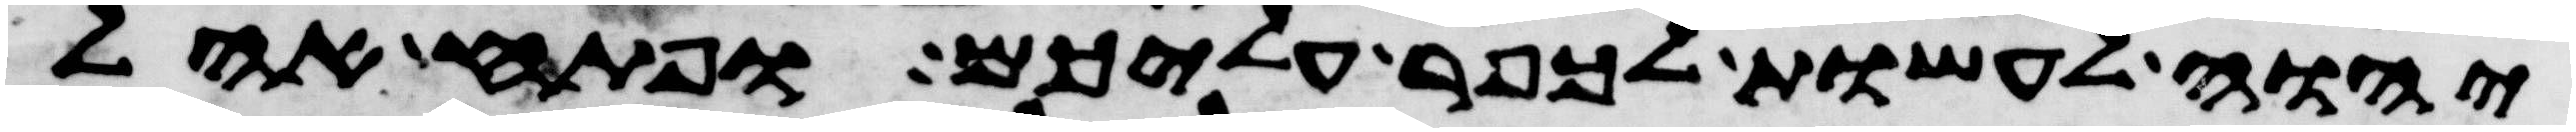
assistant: יהוה לעשות לכפר עליכם ופתח אהל